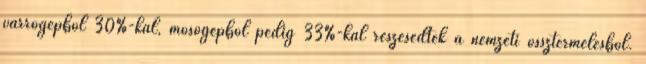
varrógépből 30%-kal, mosógépből pedig 33%-kal részesedtek a nemzeti össztermelésből.